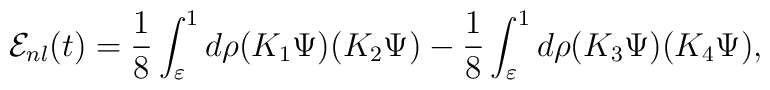
{\cal E}_{nl}(t)=\frac{1}{8}\int_{\varepsilon}^{1}d\rho (K_1 \Psi)(K_2 \Psi)- \frac{1}{8}\int_{\varepsilon}^{1}d\rho (K_3 \Psi)(K_4 \Psi),